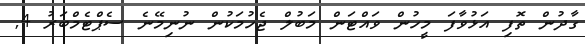
ގާދުން ތޮފި އަޅުވާފަ މީހުން ވައްޓަން މަބުލް ޖެހުމަކުން ނުނިމޭނެ ސެޕްޓެމްބަރު 4